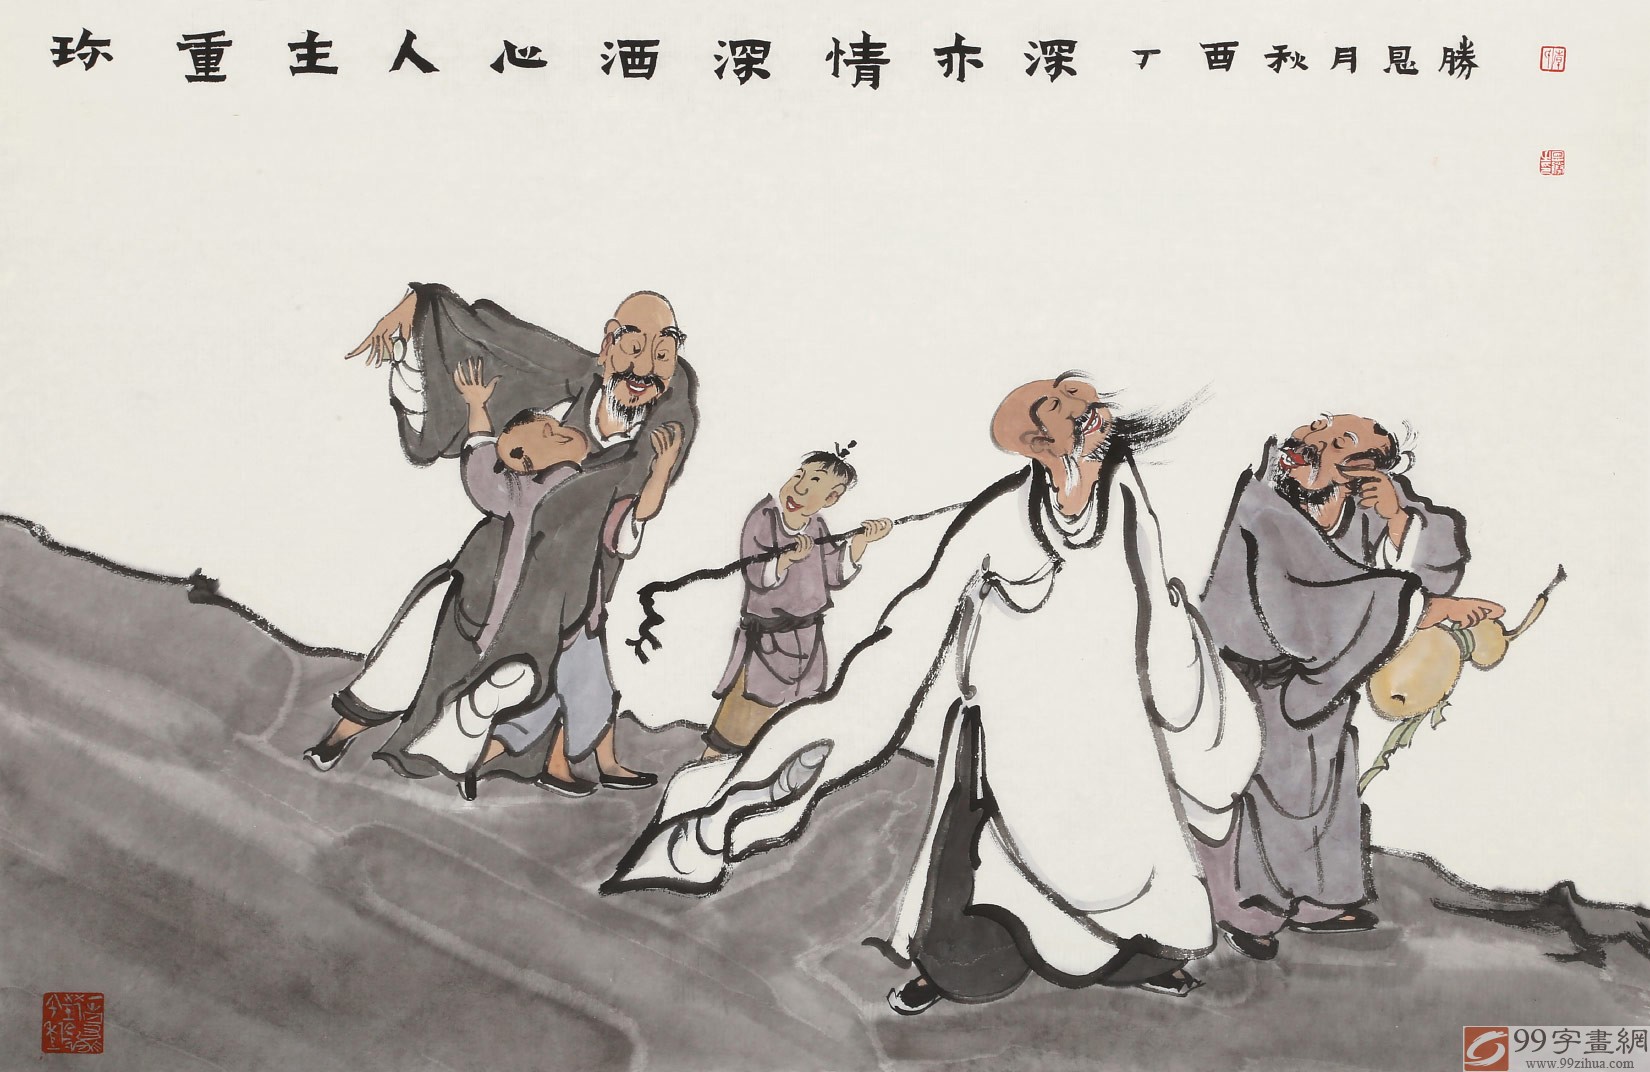
珍重主人心，酒深情亦深。